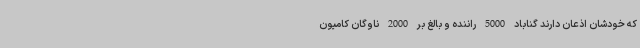
که خودشان اذعان دارند گناباد 5000 راننده و بالغ بر 2000 ناوگان کامیون